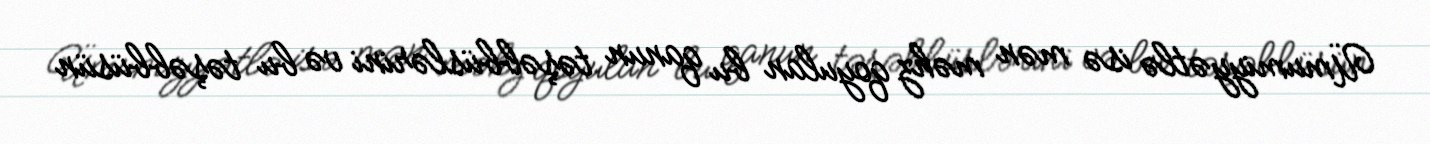
Ümumiyyətlə isə mən məhz qoyulan bu qanun təşəbbüslərini və bu təşəbbüsün